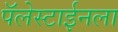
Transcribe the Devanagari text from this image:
पॅलेस्टाईनला